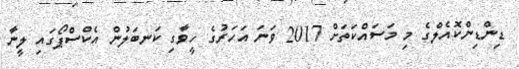
ޑިންޑިންކޮއެލްގެ މި މަސައްކަތަށް 2017 ވަނަ އަހަރުގެ ހީވާގި ކަނބަލުން އެކްސްޕޯގައި ލީނާ